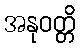
အနုဝတ္တိ